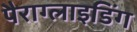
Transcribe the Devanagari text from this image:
पैराग्‍लाइडिंग